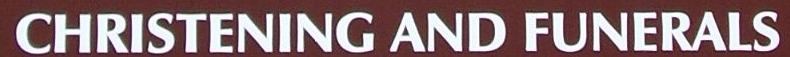
SHRISTENING AND FUNERALS